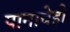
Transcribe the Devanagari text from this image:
पानाचेही